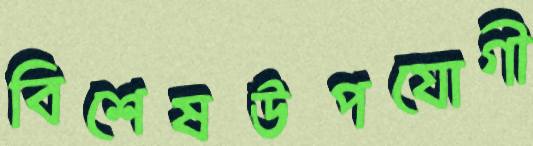
বিশেষউপযোগী